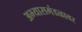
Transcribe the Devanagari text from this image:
अभ्यासमंडळावर